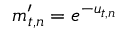
m _ { t , n } ^ { \prime } = e ^ { - u _ { t , n } }